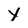
Character: Y